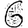
Digit: 6